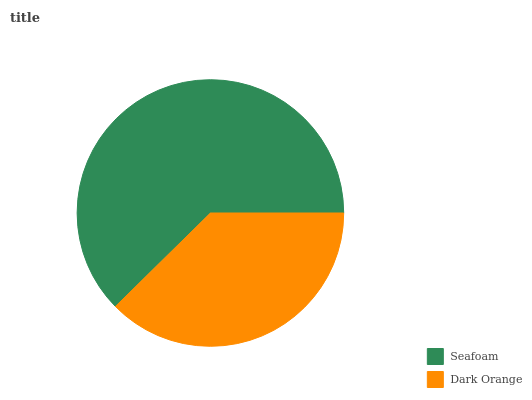
| Seafoam | Dark Orange |
 | --- | --- |
 | 62.4% | 37.6% |